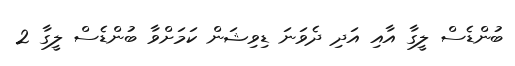
ބުންޑެސް ލީގާ އާއި އަދި ދެވަނަ ޑިވިޝަން ކަމަށްވާ ބުންޑެސް ލީގާ 2